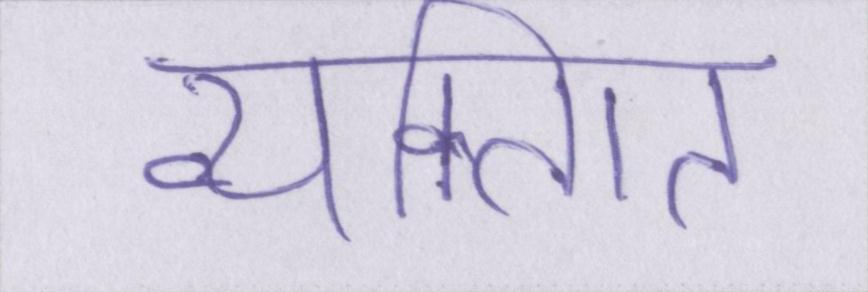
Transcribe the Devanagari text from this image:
व्यक्गित